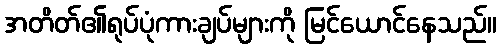
အတိတ်၏ရုပ်ပုံကားချပ်များကို မြင်ယောင်နေသည်။